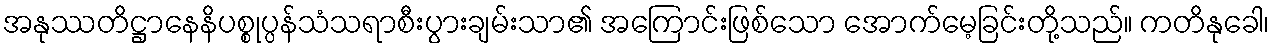
အနုဿတိဋ္ဌာနေနိပစ္စုပ္ပန်သံသရာစီးပွားချမ်းသာ၏ အကြောင်းဖြစ်သော အောက်မေ့ခြင်းတို့သည်။ ကတိနုခေါ၊